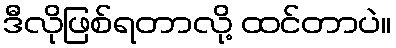
ဒီလိုဖြစ်ရတာလို့ ထင်တာပဲ။